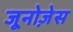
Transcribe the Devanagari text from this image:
जूनोज़ेस